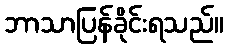
ဘာသာပြန်ခိုင်းရသည်။